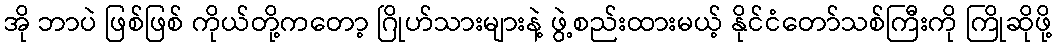
အို ဘာပဲ ဖြစ်ဖြစ် ကိုယ်တို့ကတော့ ဂြိုဟ်သားများနဲ့ ဖွဲ့စည်းထားမယ့် နိုင်ငံတော်သစ်ကြီးကို ကြိုဆိုဖို့